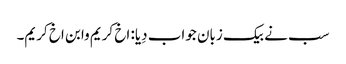
سب نے بیک زبان جواب دِیا: اخ کریم وابن اخ کریم۔